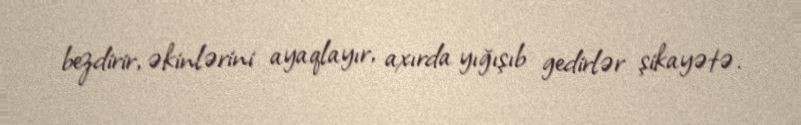
bezdirir, əkinlərini ayaqlayır, axırda yığışıb gedirlər şikayətə.